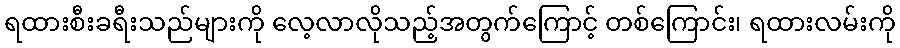
ရထားစီးခရီးသည်များကို လေ့လာလိုသည့်အတွက်ကြောင့် တစ်ကြောင်း၊ ရထားလမ်းကို